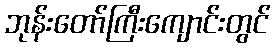
ဘုန်းတော်ကြီးကျောင်းတွင်